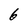
Character: 6